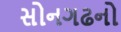
સોનગઢનો